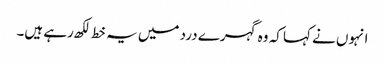
انہوں نے کہا کہ وہ گہرے درد میں یہ خط لکھ رہے ہیں۔